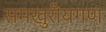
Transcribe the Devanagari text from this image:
समखुरीयगण